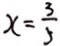
x = \frac { 3 } { 5 }